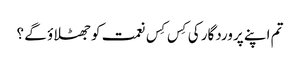
تم اپنے پروردگار کی کِس کِس نعمت کوجھٹلاؤ گے ؟